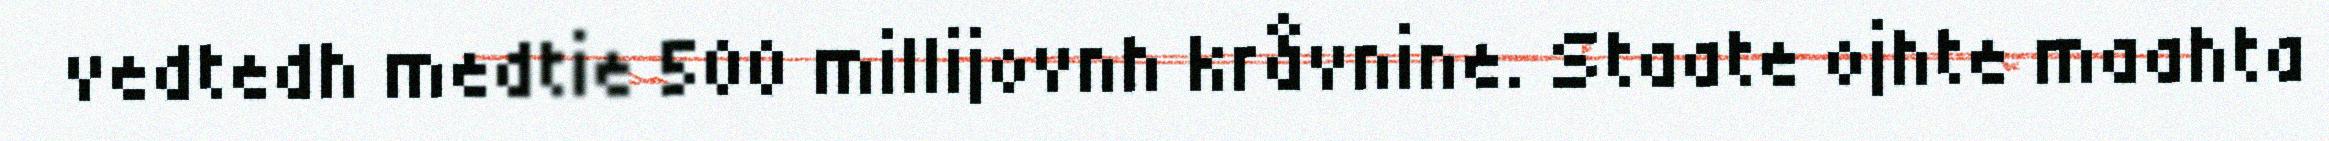
vedtedh medtie 500 millijovnh kråvnine. Staate ojhte maahta